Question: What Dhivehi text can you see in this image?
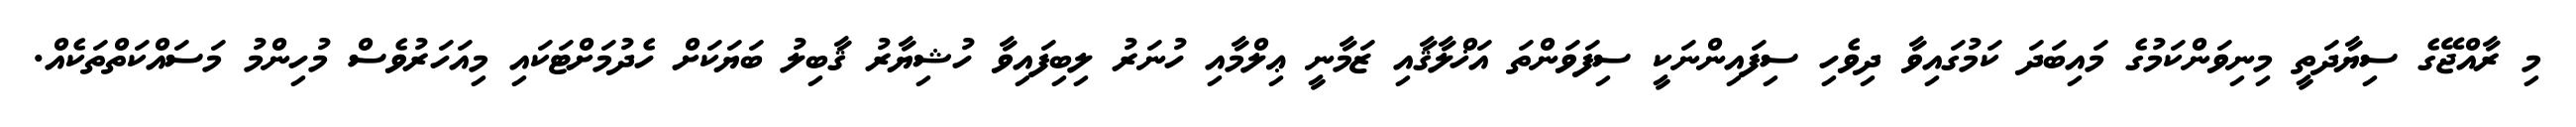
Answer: މި ރާއްޖޭގެ ސިޔާދަތީ މިނިވަންކަމުގެ މައިބަދަ ކަމުގައިވާ ދިވެހި ސިފައިންނަކީ ސިފަވަންތަ އަޚްލާޤާއި ޒަމާނީ ޢިލްމާއި ހުނަރު ލިބިފައިވާ ހުޝިޔާރު ޤާބިލު ބަޔަކަށް ހެދުމަށްޓަކައި މިއަހަރުވެސް މުހިންމު މަސައްކަތްތަކެއް.